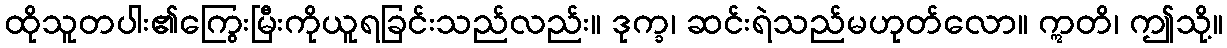
ထိုသူတပါး၏ကြွေးမြီးကိုယူရခြင်းသည်လည်း။ ဒုက္ခ၊ ဆင်းရဲသည်မဟုတ်လော။ ဣတိ၊ ဤသို့။